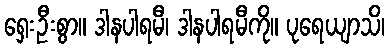
ရှေးဦးစွာ။ ဒါနပါရမီ၊ ဒါနပါရမီကို။ ပုရေယျာသိ၊